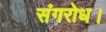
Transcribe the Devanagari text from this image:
संगरोध।